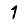
Digit: 1